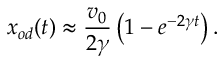
x _ { o d } ( t ) \approx \frac { v _ { 0 } } { 2 \gamma } \left( 1 - e ^ { - 2 \gamma t } \right) .